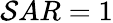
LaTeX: \mathcal{S}AR=1